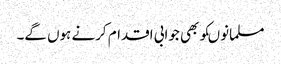
مسلمانوںکوبھی جوابی اقدام کرنے ہوں گے۔